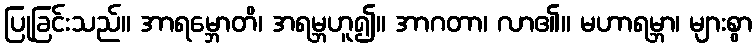
ပြုခြင်းသည်။ အာရမ္ဘောတိ၊ အရမ္ဘဟူ၍။ အာဂတာ၊ လာ၏။ မဟာရမ္ဘာ၊ များစွာ